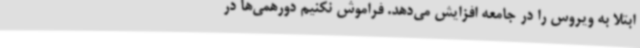
ابتلا به ویروس را در جامعه افزایش می‌دهد. فراموش نکنیم دورهمی‌ها در